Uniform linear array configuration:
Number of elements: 4
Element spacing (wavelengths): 0.75
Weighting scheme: blackman
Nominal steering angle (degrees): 0
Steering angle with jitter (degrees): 1.299
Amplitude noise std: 0.05
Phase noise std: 0.05

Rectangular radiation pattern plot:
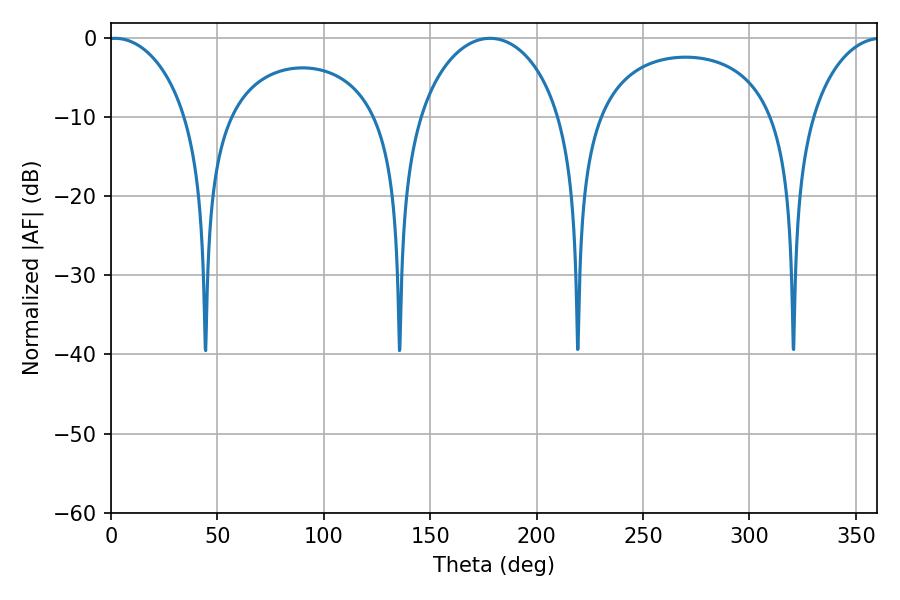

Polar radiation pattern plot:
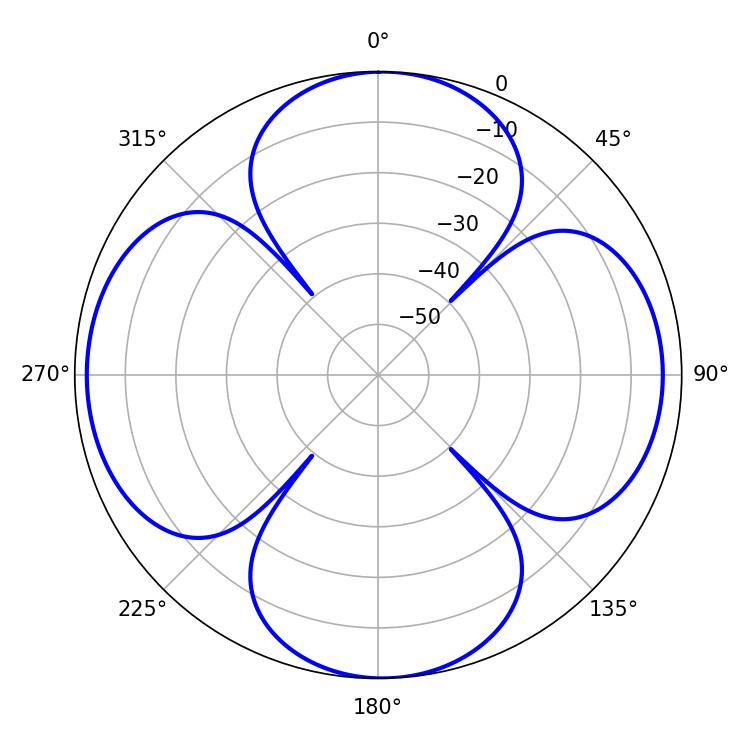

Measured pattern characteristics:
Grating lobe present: TRUE
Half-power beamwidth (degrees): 21.42
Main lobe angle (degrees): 1.8